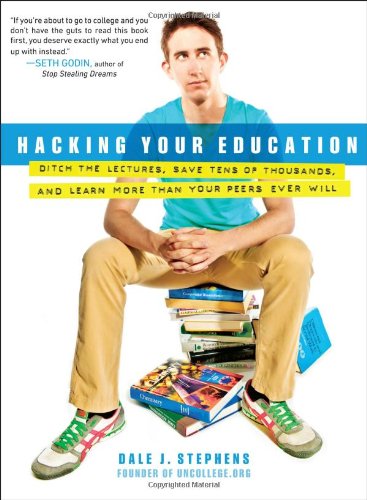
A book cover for Hacking Your Education: Ditch the Lectures, Save Tens of Thousands, and Learn More Than Your Peers Ever Will; Dale J. Stephens; Education & Teaching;